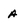
Character: A